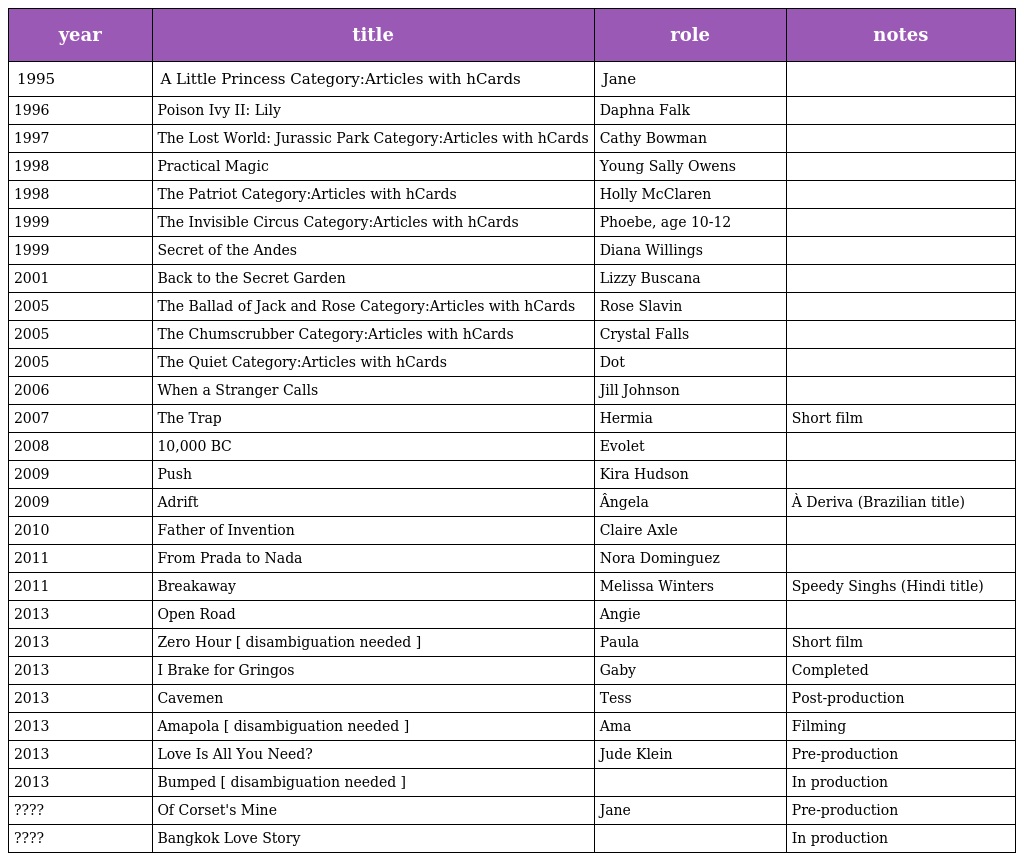
| year | title | role | notes |
 | --- | --- | --- | --- |
 | 1995 | A Little Princess Category:Articles with hCards | Jane |  |
 | 1996 | Poison Ivy II: Lily | Daphna Falk |  |
 | 1997 | The Lost World: Jurassic Park Category:Articles with hCards | Cathy Bowman |  |
 | 1998 | Practical Magic | Young Sally Owens |  |
 | 1998 | The Patriot Category:Articles with hCards | Holly McClaren |  |
 | 1999 | The Invisible Circus Category:Articles with hCards | Phoebe, age 10-12 |  |
 | 1999 | Secret of the Andes | Diana Willings |  |
 | 2001 | Back to the Secret Garden | Lizzy Buscana |  |
 | 2005 | The Ballad of Jack and Rose Category:Articles with hCards | Rose Slavin |  |
 | 2005 | The Chumscrubber Category:Articles with hCards | Crystal Falls |  |
 | 2005 | The Quiet Category:Articles with hCards | Dot |  |
 | 2006 | When a Stranger Calls | Jill Johnson |  |
 | 2007 | The Trap | Hermia | Short film |
 | 2008 | 10,000 BC | Evolet |  |
 | 2009 | Push | Kira Hudson |  |
 | 2009 | Adrift | Ângela | À Deriva (Brazilian title) |
 | 2010 | Father of Invention | Claire Axle |  |
 | 2011 | From Prada to Nada | Nora Dominguez |  |
 | 2011 | Breakaway | Melissa Winters | Speedy Singhs (Hindi title) |
 | 2013 | Open Road | Angie |  |
 | 2013 | Zero Hour [ disambiguation needed ] | Paula | Short film |
 | 2013 | I Brake for Gringos | Gaby | Completed |
 | 2013 | Cavemen | Tess | Post-production |
 | 2013 | Amapola [ disambiguation needed ] | Ama | Filming |
 | 2013 | Love Is All You Need? | Jude Klein | Pre-production |
 | 2013 | Bumped [ disambiguation needed ] |  | In production |
 | ???? | Of Corset's Mine | Jane | Pre-production |
 | ???? | Bangkok Love Story |  | In production |